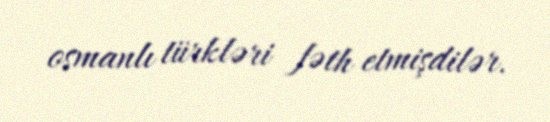
osmanlı türkləri fəth etmişdilər.